Men teachers and National Service, 1939
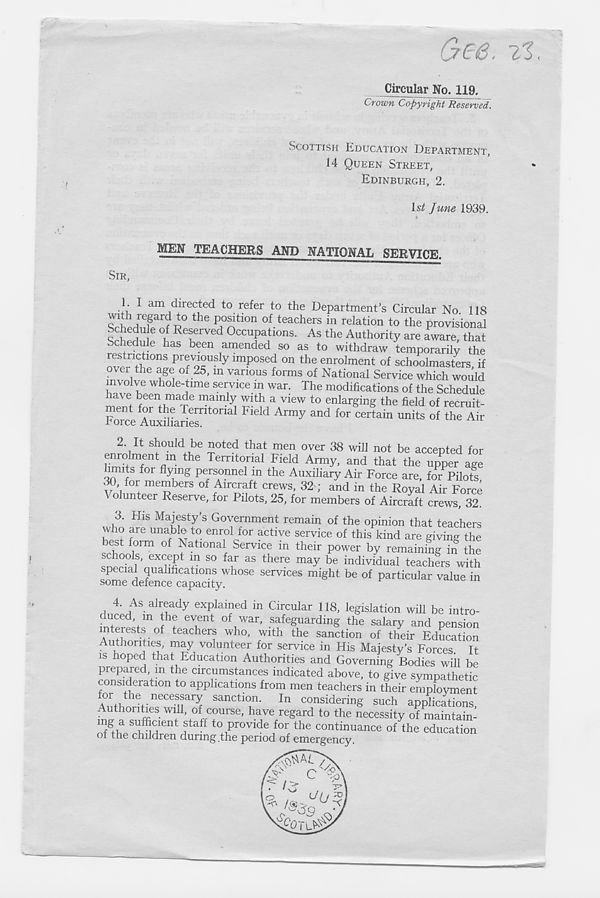
Gcs. Ti>
Circular No. 119.
Crown Copyright Reserved.
SCOTTISH EDUCATION DEPARTMENT,
14 QUEEN STREET,
EDINBURGH, 2.
1st June 1939.
MEN TEACHERS AND NATIONAL SERVICE.
SIR,
1.
I am directed to refer to the Depar
with regard to the position of teachers in relation to the provisional
!E! U ! e °, Re ? erved Occupations. As the Authority are aware, that
edule has been amended so as to withdraw temporarily the
restrictions previously imposed on the enrolment of schoolmasters if
ovu the age of 25, in various forms of National Service which would
involve whole-time service in war. The modifications of the Schedule
nfe V n e t
^!*, a
4
view to enlarging the field of recruit-
Fome Auxlliades
7 and for Certain Units of the Air
2. It should be noted that men over 38 will not be accepted for
enrolment m the Territorial Field Army, and that the upper age
limits for flying personnel m the Auxiliary Air Force are, for Pilots
30, for members of Aircraft crews, 32 ; and in the Royal Air Force
olunteer Reserve, for Pilots, 25, for members of Aircraft crews, 32.
3. His Majesty’s Government remain of the opinion that teachers
who are unable to enrol for active service of this kind are giving the
best form of National Service in their power by remaining in the
schools, except m so far as there may be individual teachers with
special qualifications whose services might be of particular value in
some defence capacity.
4. As already explained in Circular 118, legislation will be intro-
uced m the event of war, safeguarding the salary and pension
mteiests of teachers who, with the sanction of their Education
Authorities, may volunteer for service in His Majesty’s Forces. It
is Hoped that Education Authorities and Governing Bodies will be
prepared, m the circumstances indicated above, to give sympathetic
consideration to applications from men. teachers in their employment
\nth t nrH 1 v n c eCe u ar f
In considering such applications,
Authorities will, of course, have regard to the necessity of maintain-
TTH
f aff t0 P rovide for the continuance of the education
of the children during .the period of emergency.